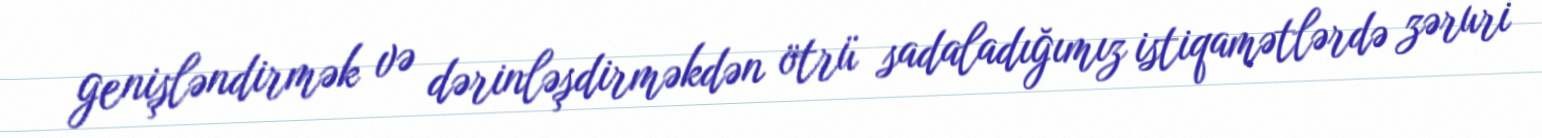
genişləndirmək və dərinləşdirməkdən ötrü sadaladığımız istiqamətlərdə zəruri